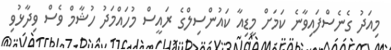
މިއަދު ގެނެސްފައިވާނެ ކަމަށް މީޑިއާ ކައުންސިލްގެ ރައީސް މުހައްމަދު ހުޝާމް ވެސް ވިދާޅުވި